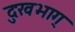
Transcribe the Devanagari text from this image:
दुःखभाग्